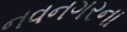
નવનગરના